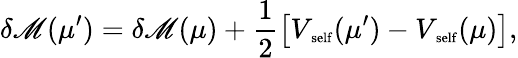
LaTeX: \delta\mathscr{M}(\mu^{\prime})=\delta\mathscr{M}(\mu)+\frac{{1}}{{2}}\left[V_{\mathrm{{\scriptsize~self}}}(\mu^{\prime})-V_{\mathrm{{\scriptsize~self}}}(\mu)\right],